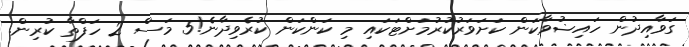
ގަވާއިދުން ހައިޟުވާކަން ކަށަވަރުކުރުމަށްޓަކައި މި ކަންކަން ކުރެވިދާނެ!5 މަސް 2 ހަފްތާ ކުރިން.